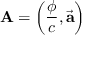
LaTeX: \mathbf { A } = \left( { \frac { \phi } { c } } , { \vec { \mathbf { a } } } \right)